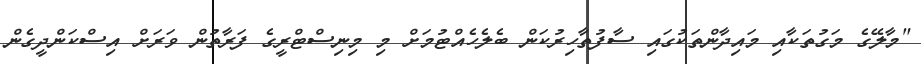
"މާލޭގެ މަގުތަކާއި މައިދާންތަކުގައި ސާފުތާހިރުކަން ބެލެހެއްޓުމަށް މި މިނިސްޓްރީގެ ފަރާތުން ވަރަށް އިސްކަންދީގެން